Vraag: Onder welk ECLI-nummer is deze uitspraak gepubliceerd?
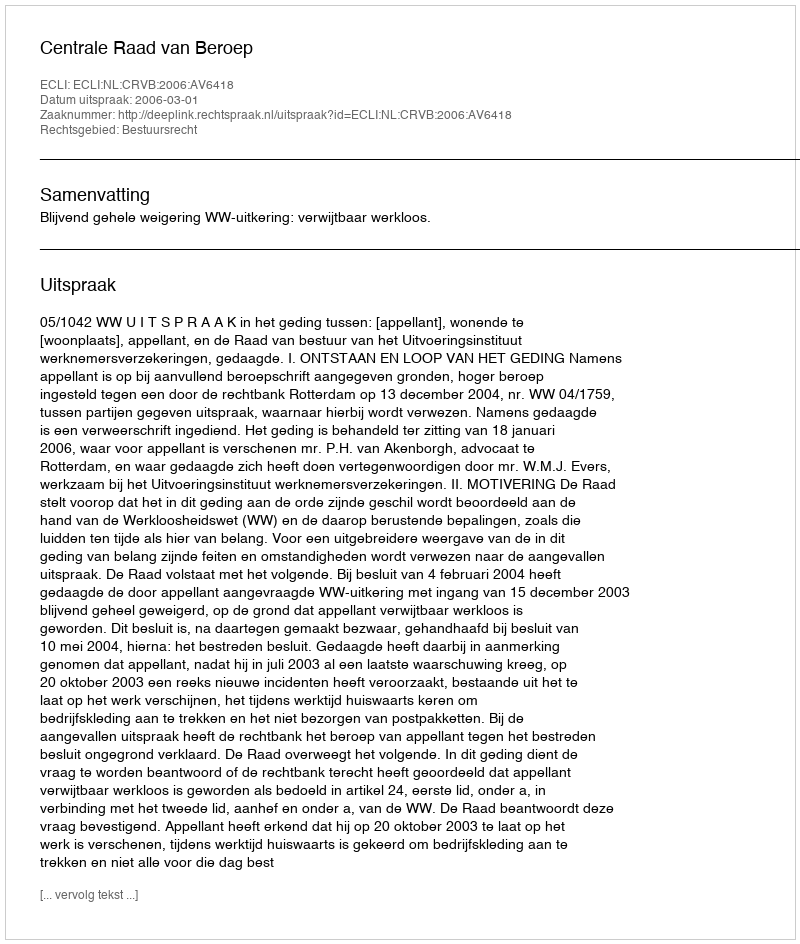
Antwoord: ECLI:NL:CRVB:2006:AV6418